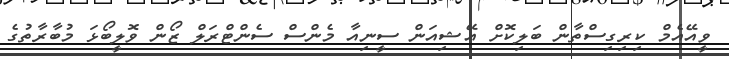
ވީއޭއެމް ކިރިގިސްތާން ބަލިކޮށް އޭޝިއަން ސީނިއާ މެންސް ސެންޓްރަލް ޒޯން ވޮލީބޯޅަ މުބާރާތުގެ